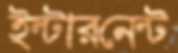
ইন্টারনেন্ট